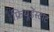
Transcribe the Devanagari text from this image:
फ्रियूडेंस्टाट